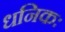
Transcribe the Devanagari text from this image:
धनिकः